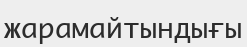
жарамайтындығы